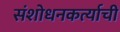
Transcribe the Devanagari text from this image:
संशोधनकर्त्याची